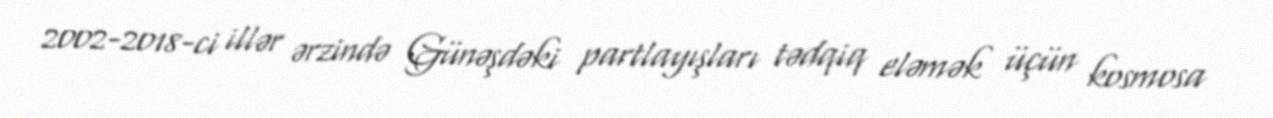
2002-2018-ci illər ərzində Günəşdəki partlayışları tədqiq eləmək üçün kosmosa